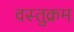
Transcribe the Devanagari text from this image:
वस्तुक्रम